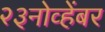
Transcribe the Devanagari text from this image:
२३नोव्हेंबर